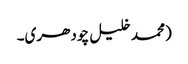
(محمد خلیل چودھری۔